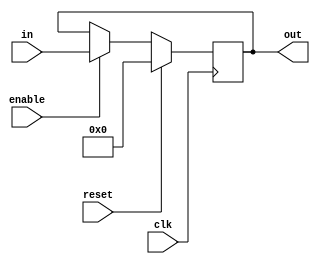
//
// Register
//
// Hardik Sharma
// (hsharma@gatech.edu)

`timescale 1ns/1ps
module register_sync_with_enable #(
  parameter integer WIDTH                 = 8
) (
  input  wire                             clk,
  input  wire                             reset,
  input  wire                             enable,
  input  wire        [ WIDTH -1 : 0 ]     in,
  output wire        [ WIDTH -1 : 0 ]     out
);

  reg [ WIDTH -1 : 0 ] out_reg;

  always @(posedge clk)
  begin
    if (reset)
      out_reg <= 'b0;
    else if (enable)
      out_reg <= in;
  end

  assign out = out_reg;

endmodule